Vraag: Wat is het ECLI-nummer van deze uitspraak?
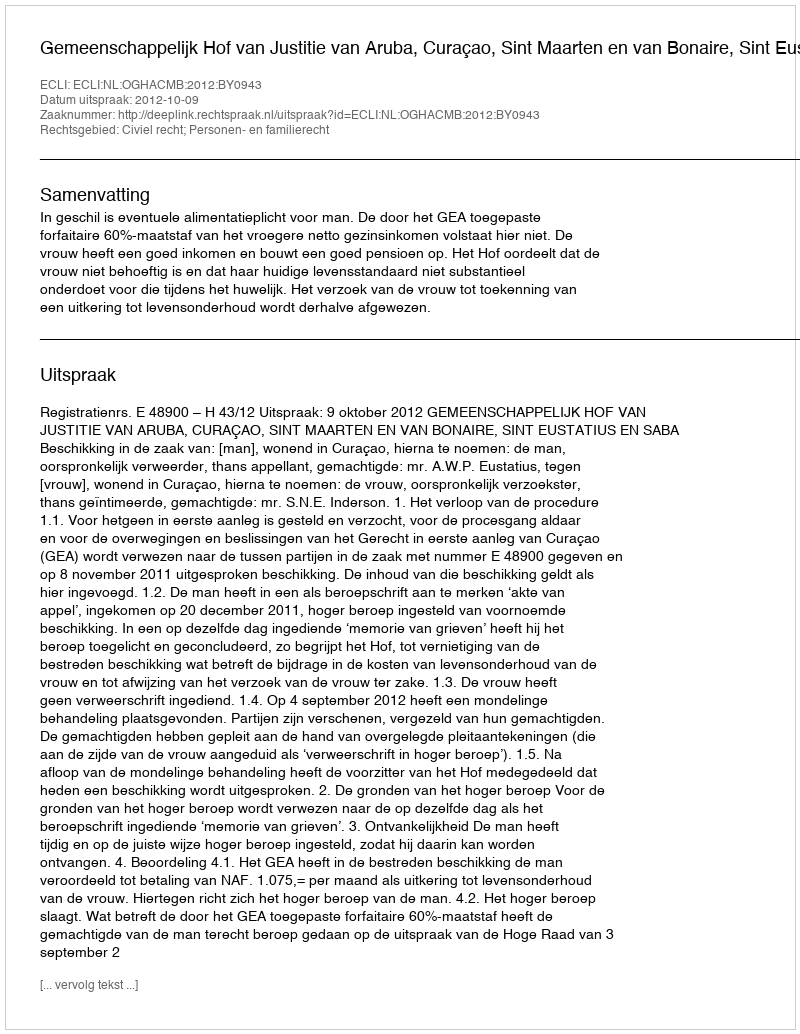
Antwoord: ECLI:NL:OGHACMB:2012:BY0943